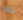
تلك